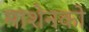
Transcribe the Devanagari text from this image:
माशेनको